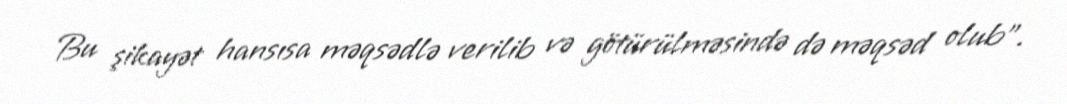
Bu şikayət hansısa məqsədlə verilib və götürülməsində də məqsəd olub”.